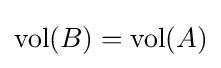
\operatorname {vol} (B)=\operatorname {vol} (A)